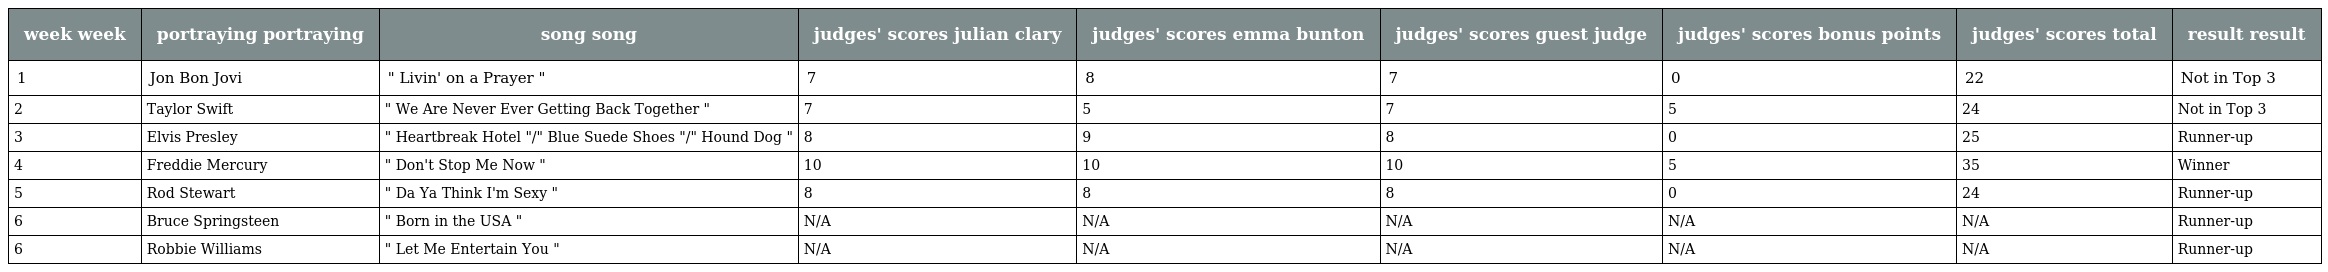
| week week | portraying portraying | song song | judges' scores julian clary | judges' scores emma bunton | judges' scores guest judge | judges' scores bonus points | judges' scores total | result result |
 | --- | --- | --- | --- | --- | --- | --- | --- | --- |
 | 1 | Jon Bon Jovi | " Livin' on a Prayer " | 7 | 8 | 7 | 0 | 22 | Not in Top 3 |
 | 2 | Taylor Swift | " We Are Never Ever Getting Back Together " | 7 | 5 | 7 | 5 | 24 | Not in Top 3 |
 | 3 | Elvis Presley | " Heartbreak Hotel "/" Blue Suede Shoes "/" Hound Dog " | 8 | 9 | 8 | 0 | 25 | Runner-up |
 | 4 | Freddie Mercury | " Don't Stop Me Now " | 10 | 10 | 10 | 5 | 35 | Winner |
 | 5 | Rod Stewart | " Da Ya Think I'm Sexy " | 8 | 8 | 8 | 0 | 24 | Runner-up |
 | 6 | Bruce Springsteen | " Born in the USA " | N/A | N/A | N/A | N/A | N/A | Runner-up |
 | 6 | Robbie Williams | " Let Me Entertain You " | N/A | N/A | N/A | N/A | N/A | Runner-up |